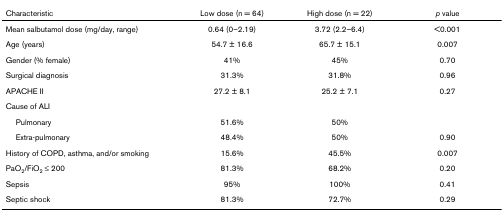
<table><thead><tr><td><b>Characteristic</b></td><td><b>Low dose (n = 64)</b></td><td><b>High dose (n = 22)</b></td><td><b><i>p</i> value</b></td></tr></thead><tbody><tr><td>Mean salbutamol dose (mg/day, range)</td><td>0.64 (0–2.19)</td><td>3.72 (2.2–6.4)</td><td>&lt;0.001</td></tr><tr><td>Age (years)</td><td>54.7 ± 16.6</td><td>65.7 ± 15.1</td><td>0.007</td></tr><tr><td>Gender (% female)</td><td>41%</td><td>45%</td><td>0.70</td></tr><tr><td>Surgical diagnosis</td><td>31.3%</td><td>31.8%</td><td>0.96</td></tr><tr><td>APACHE II</td><td>27.2 ± 8.1</td><td>25.2 ± 7.1</td><td>0.27</td></tr><tr><td>Cause of ALI</td><td></td><td></td><td></td></tr><tr><td> Pulmonary</td><td>51.6%</td><td>50%</td><td></td></tr><tr><td> Extra-pulmonary</td><td>48.4%</td><td>50%</td><td>0.90</td></tr><tr><td>History of COPD, asthma, and/or smoking</td><td>15.6%</td><td>45.5%</td><td>0.007</td></tr><tr><td>PaO<sub>2</sub>/FiO<sub>2 </sub>≤ 200</td><td>81.3%</td><td>68.2%</td><td>0.20</td></tr><tr><td>Sepsis</td><td>95%</td><td>100%</td><td>0.41</td></tr><tr><td>Septic shock</td><td>81.3%</td><td>72.7%</td><td>0.29</td></tr></tbody></table>